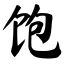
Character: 饱